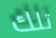
تلك